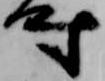
時